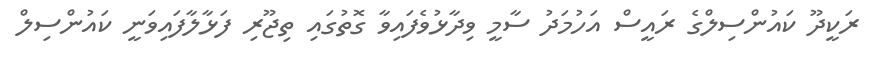
ރަކީދޫ ކައުންސިލްގެ ރައީސް އަހުމަދު ސާމީ ވިދާޅުވެފައިވާ ގޮތުގައި ތިޖޫރި ފަޅާލާފައިވަނީ ކައުންސިލް